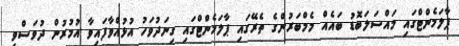
ޕާލަމެންޓްގައި މައްސަލަބޮޑު ބައެއް މެމްބަރުންގެ ތެރޭގައި ޕާލަމެންޓްގައި ގިނަދުވަހު އުޅުއްވާފައިވާ އުމުރުން ދުވަސްވީ